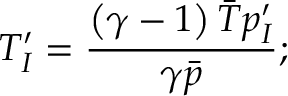
{ T } _ { I } ^ { \prime } = \frac { \left( \gamma - 1 \right) \bar { T } p _ { I } ^ { \prime } } { \gamma \bar { p } } ;